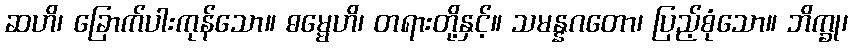
ဆဟိ၊ ခြောက်ပါးကုန်သော။ ဓမ္မေဟိ၊ တရားတို့နှင့်။ သမန္နဂတော၊ ပြည့်စုံသော။ ဘိက္ခု၊